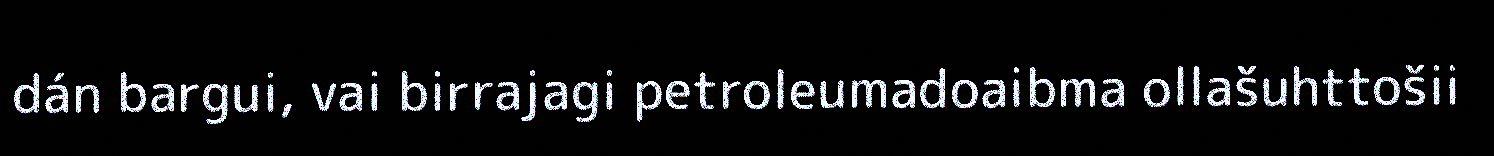
dán bargui, vai birrajagi petroleumadoaibma ollašuhttošii